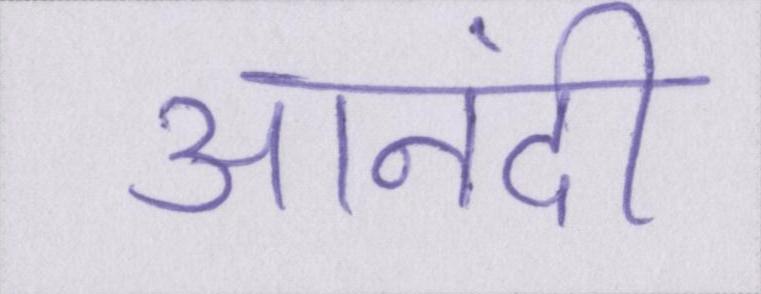
आनंदी